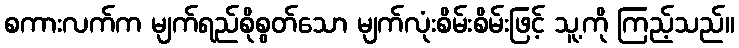
စကားလက်က မျက်ရည်စိုစွတ်သော မျက်လုံးစိမ်းစိမ်းဖြင့် သူ့ကို ကြည့်သည်။